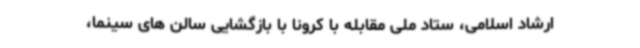
ارشاد اسلامی، ستاد ملی مقابله با کرونا با بازگشایی سالن های سینما،